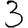
Digit: 3